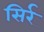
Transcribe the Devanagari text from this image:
सिर्र